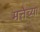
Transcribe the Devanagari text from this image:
मत्तेच्या